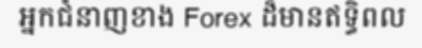
អ្នកជំនាញខាង Forex ដ៏មានឥទ្ធិពល